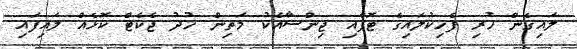
ލައިގެން ހުރި ފެހިކުލައިގެ ޓޮޕާއި ޖިންސާއެކު މަތިން ހުދު ޖެކެޓް ކޮޅެއް ލައިފައި